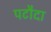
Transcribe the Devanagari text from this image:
पटौदा